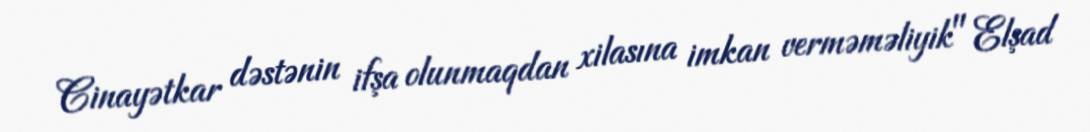
Cinayətkar dəstənin ifşa olunmaqdan xilasına imkan verməməliyik" Elşad